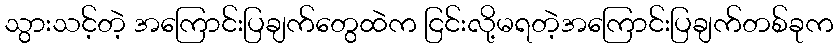
သွားသင့်တဲ့ အကြောင်းပြချက်တွေထဲက ငြင်းလို့မရတဲ့အကြောင်းပြချက်တစ်ခုက